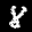
Label: 8